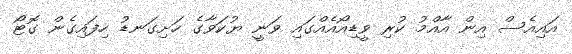
އައިއެސް އިން އާއްމު ކުރި ވީޑިއޯއެއްގައި ވަނީ ޔުކަވާގެ ހަށިގަނޑު ހިފައިގެން ގޮޓޯ